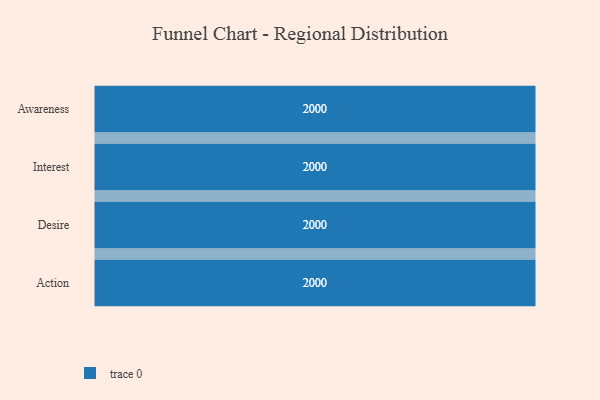
{"axis": {"x": "Stage", "y": "Value"}, "legend": [""], "data": [{"x": "Awareness", "y": 2000, "type": ""}, {"x": "Interest", "y": 2000, "type": ""}, {"x": "Desire", "y": 2000, "type": ""}, {"x": "Action", "y": 2000, "type": ""}]}